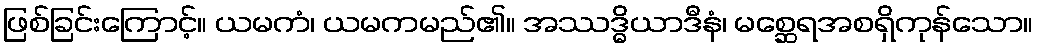
ဖြစ်ခြင်းကြောင့်။ ယမကံ၊ ယမကမည်၏။ အဿဒ္ဓိယာဒီနံ၊ မစ္ဆေရအစရှိကုန်သော။